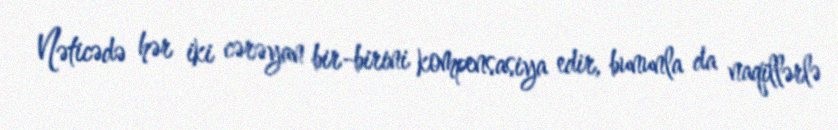
Nəticədə hər iki cərəyan bir-birini kompensasiya edir, bununla da naqillərlə